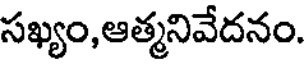
సఖ్యం,ఆత్మనివేదనం.